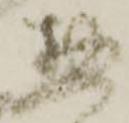
惣